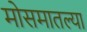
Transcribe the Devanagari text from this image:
मोसमातल्या